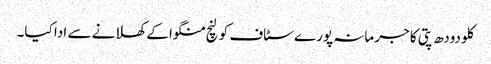
کلو دودھ پتی کا جرمانہ پورے سٹاف کو لنچ منگوا کے کھلانے سے ادا کیا۔